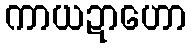
ကာယဍာဟော